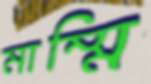
মাম্মি